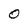
Character: 0